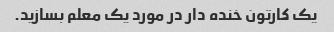
یک کارتون خنده دار در مورد یک معلم بسازید.